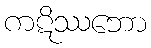
ကဋိဿဘော